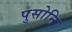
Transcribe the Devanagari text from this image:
पुसोनि